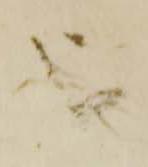
を